Indian journal of veterinary science and animal husbandry - Volumes 15-17, 1948-1951
Year: 1948
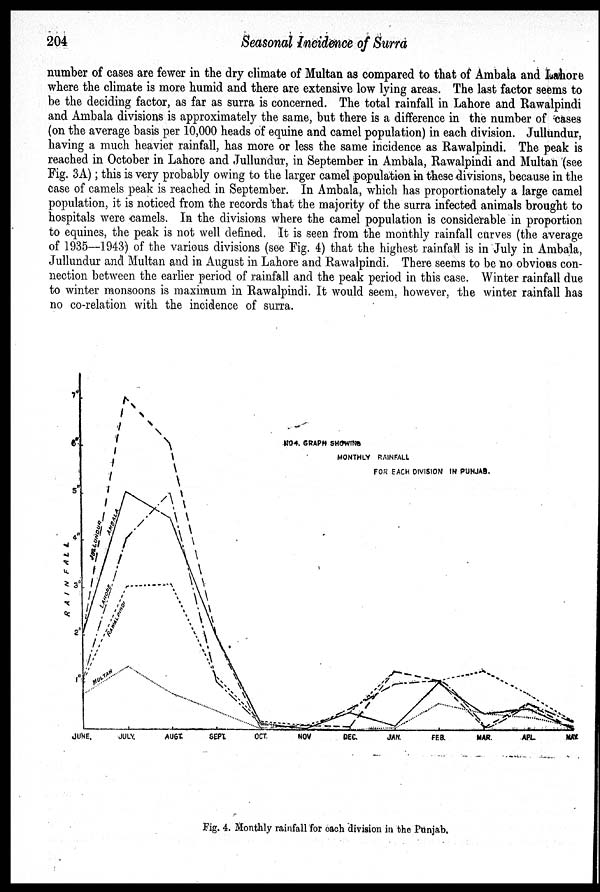
204
Seasonal Incidence of Surra
number of cases are fewer in the dry climate of Multan as compared to that of Ambala and Lahore
where the climate is more humid and there are extensive low lying areas. The last factor seems to
be the deciding factor, as far as surra is concerned. The total rainfall in Lahore and Rawalpindi
and Ambala divisions is approximately the same, but there is a difference in the number of cases
(on the average basis per 10,000 heads of equine and camel population) in each division. Jullundur,
having a much heavier rainfall, has more or less the same incidence as Rawalpindi. The peak is
reached in October in Lahore and Jullundur, in September in Ambala, Rawalpindi and Multan (see
Fig. 3A); this is very probably owing to the larger camel population in these divisions, because in the
case of camels peak is reached in September. In Ambala, which has proportionately a large camel
population, it is noticed from the records that the majority of the surra infected animals brought to
hospitals were camels. In the divisions where the camel population is considerable in proportion
to equines, the peak is not well defined. It is seen from the monthly rainfall curves (the average
of 1935—1943) of the various divisions (see Fig. 4) that the highest rainfall is in July in Ambala,
Jullundur and Multan and in August in Lahore and Rawalpindi. There seems to be no obvious con-
nection between the earlier period of rainfall and the peak period in this case. Winter rainfall due
to winter monsoons is maximum in Rawalpindi. It would seem, however, the winter rainfall has
no co-relation with the incidence of surra.
Fig. 4. Monthly rainfall for each division in the Punjab.